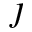
\jmath